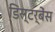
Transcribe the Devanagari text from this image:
डिस्टर्बेंस